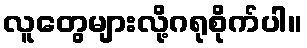
လူတွေများလို့ဂရုစိုက်ပါ။